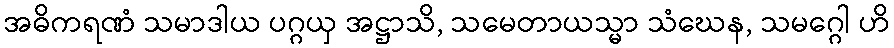
အဓိကရဏံ သမာဒါယ ပဂ္ဂယှ အဋ္ဌာသိ, သမေတာယသ္မာ သံဃေန, သမဂ္ဂေါ ဟိ